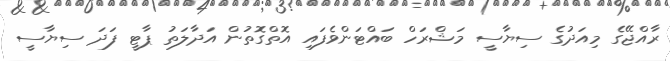
ރާއްޖޭގެ މިއަދުގެ ސިޔާސީ މަޝްރަހް ބައްޓަންވެފައި އޮތްގޮތުން އަދާލަތު ޕާޓީ ފަދަ ސިޔާސީ